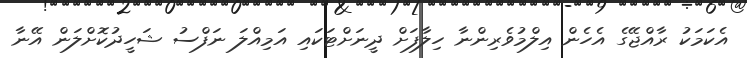
އެކަމަކު ރާއްޖޭގެ އެހެން އިލްމުވެރިންނާ ހިލާފަށް ދީނަށްޓަކައި އަމިއްލަ ނަފްސު ޝަހީދުކޮށްލަން އޭނާ